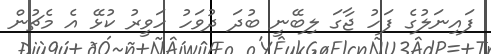
ފައިނަލުގެ ފަހު ޖާގަ ލިބޭނީ ބުދަ ދުވަހު ހަވީރު ކުޅޭ އެ މެޗުން